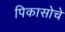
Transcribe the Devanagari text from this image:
पिकासोचे